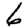
Digit: 6